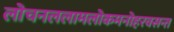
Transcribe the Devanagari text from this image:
लोचनललामलोकमनोहरवसन्त